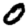
Digit: 0